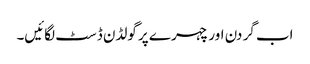
اب گر دن اور چہر ے پر گولڈن ڈسٹ لگائیں۔